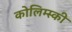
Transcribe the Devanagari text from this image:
कोलिम्स्की